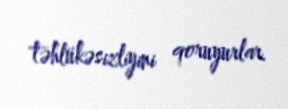
təhlükəsizliyini qoruyurlar.